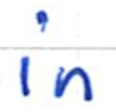
Text: in
Cross-out: clean
Writing tool: ballpoint